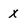
Character: x